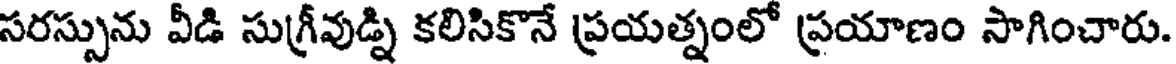
సరస్సును వీడి సుగ్రీవుడ్ని కలిసికొనే ప్రయత్నంలో ప్రయాణం సాగించారు.